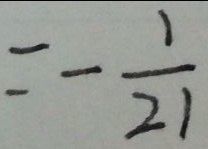
= - \frac { 1 } { 2 1 }